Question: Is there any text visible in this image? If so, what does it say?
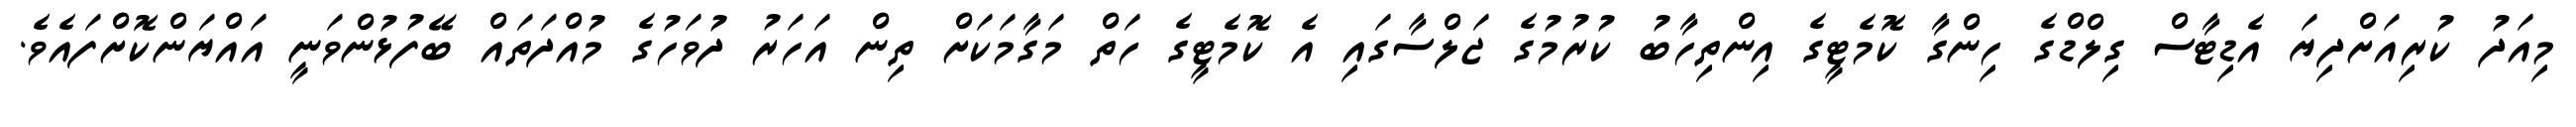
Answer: މިއަދު ކުރިއަށްދިޔަ އެޑިޓާސް ގިލްޑްގެ ހިންގާ ކޮމެޓީގެ އިންތިހާބު ކުރުމުގެ ޖަލްސާގައި އެ ކޮމެޓީގެ ހަތް މަގާމަކަށް ތިން އަހަރު ދުވަހުގެ މުއްދަތައް ބޭފުޅުންވަނީ އައްޔަންކޮށްފައެވެ.